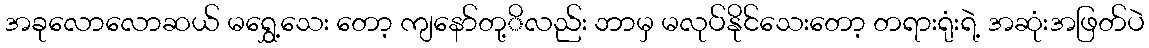
အခုလောလောဆယ် မရွှေ့သေး တော့ ကျနော်တု့ိလည်း ဘာမှ မလုပ်နိုင်သေးတော့ တရားရုံးရဲ့ အဆုံးအဖြတ်ပဲ